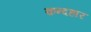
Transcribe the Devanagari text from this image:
क़न्दहार